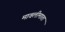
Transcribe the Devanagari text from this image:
मावलीमाता